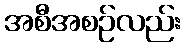
အစီအစဉ်လည်း